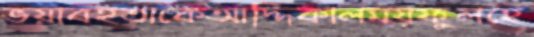
ভয়াবহতাকেআদ্দিকালময়ফুলহে